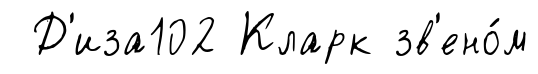
Д'иза102 Кларк зв'ено́м